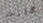
كانت